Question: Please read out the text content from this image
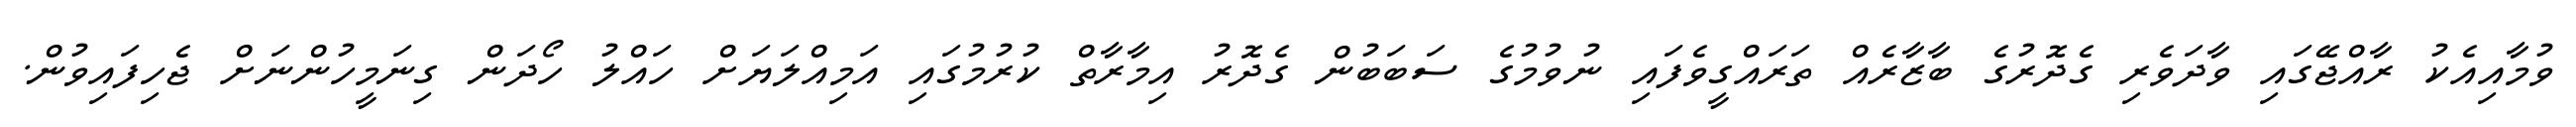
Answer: ވުމާއިއެކު ރާއްޖޭގައި ވާދަވެރި ގެދޮރުގެ ބާޒާރެއް ތަރައްގީވެފައި ނުވުމުގެ ސަބަބުން ގެދޮރު އިމާރާތް ކުރުމުގައި އަމިއްލަޔަށް ހައްލު ހޯދަން ގިނަމީހުންނަށް ޖެހިފައިވުން.